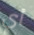
أي